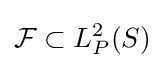
{\mathcal {F}}\subset L_{P}^{2}(S)